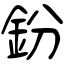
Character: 鈖